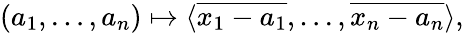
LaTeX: (a_{1},\ldots,a_{n})\mapsto\langle{\overline{{x_{1}-a_{1}}}},\ldots,{\overline{{x_{n}-a_{n}}}}\rangle,